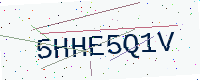
Text: 5HHE5Q1V